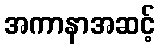
အကာနာအဆင့်